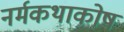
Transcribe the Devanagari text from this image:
नर्मकथाकोष